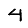
Digit: 4